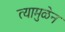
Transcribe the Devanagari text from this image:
त्यामुळेन